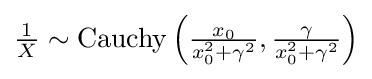
{\tfrac {1}{X}}\sim \operatorname {Cauchy} \left({\tfrac {x_{0}}{x_{0}^{2}+\gamma ^{2}}},{\tfrac {\gamma }{x_{0}^{2}+\gamma ^{2}}}\right)